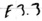
Text: E3.3